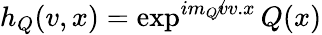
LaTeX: h_{Q}(v,x)=\exp^{im_{Q}\not vv.x}Q(x)